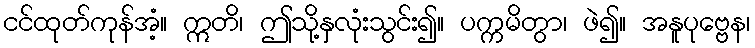
ငင်ထုတ်ကုန်အံ့။ ဣတိ၊ ဤသို့နှလုံးသွင်း၍။ ပက္ကမိတွာ၊ ဖဲ၍။ အနူပုဗ္ဗေန၊